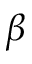
\beta